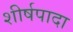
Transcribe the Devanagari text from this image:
शीर्षपादा